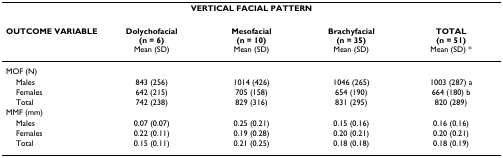
<table><thead><tr><td></td><td colspan="3"><b>VERTICAL FACIAL PATTERN</b></td><td></td></tr><tr><td><b>OUTCOME VARIABLE</b></td><td><b>Dolychofacial(n = 6)Mean (SD)</b></td><td><b>Mesofacial(n = 10)Mean (SD)</b></td><td><b>Brachyfacial(n = 35)Mean (SD)</b></td><td><b>TOTAL(n = 51)Mean (SD) *</b></td></tr></thead><tbody><tr><td>MOF (N)</td><td></td><td></td><td></td><td></td></tr><tr><td> Males</td><td>843 (256)</td><td>1014 (426)</td><td>1046 (265)</td><td>1003 (287) a</td></tr><tr><td> Females</td><td>642 (215)</td><td>705 (158)</td><td>654 (190)</td><td>664 (180) b</td></tr><tr><td> Total</td><td>742 (238)</td><td>829 (316)</td><td>831 (295)</td><td>820 (289)</td></tr><tr><td>MMF (mm)</td><td></td><td></td><td></td><td></td></tr><tr><td> Males</td><td>0.07 (0.07)</td><td>0.25 (0.21)</td><td>0.15 (0.16)</td><td>0.16 (0.16)</td></tr><tr><td> Females</td><td>0.22 (0.11)</td><td>0.19 (0.28)</td><td>0.20 (0.21)</td><td>0.20 (0.21)</td></tr><tr><td> Total</td><td>0.15 (0.11)</td><td>0.21 (0.25)</td><td>0.18 (0.18)</td><td>0.18 (0.19)</td></tr></tbody></table>